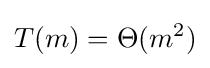
T(m)=\Theta (m^{2})